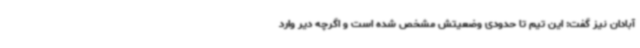
آبادان نیز گفت: این تیم تا حدودی وضعیتش مشخص شده است و اگرچه دیر وارد